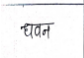
मजकूर: धवन